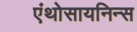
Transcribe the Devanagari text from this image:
एंथोसायनिन्स